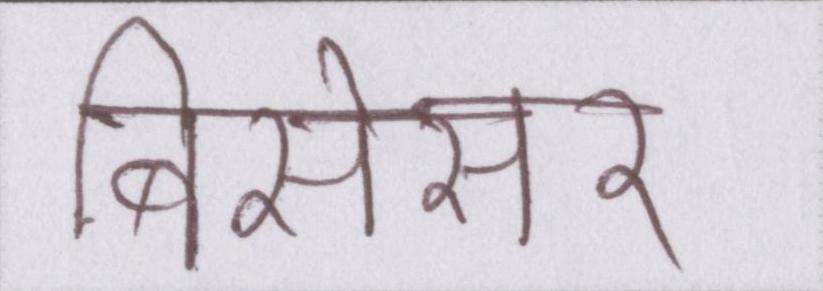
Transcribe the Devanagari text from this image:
बिसेसर